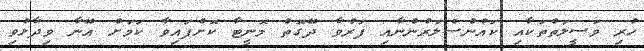
ހުރި ވަސީލަތްތަކާއި ކައުންސެލަރުންނާއި ފަރުވާ ދޭގޮތް މޮނީޓާ ކޮށްފައިވާ ކަމަށް އޭނާ ވިދާޅުވި